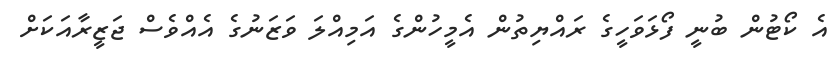
އެ ކޯޓުން ބުނީ ފޯޅަވަހީގެ ރައްޔިތުން އެމީހުންގެ އަމިއްލަ ވަޒަނުގެ އެއްވެސް ޖަޒީރާއަކަށް